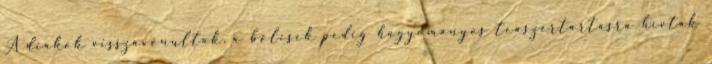
A diákok visszavonultak, a bölcsek pedig hagyományos teaszertartásra hívták